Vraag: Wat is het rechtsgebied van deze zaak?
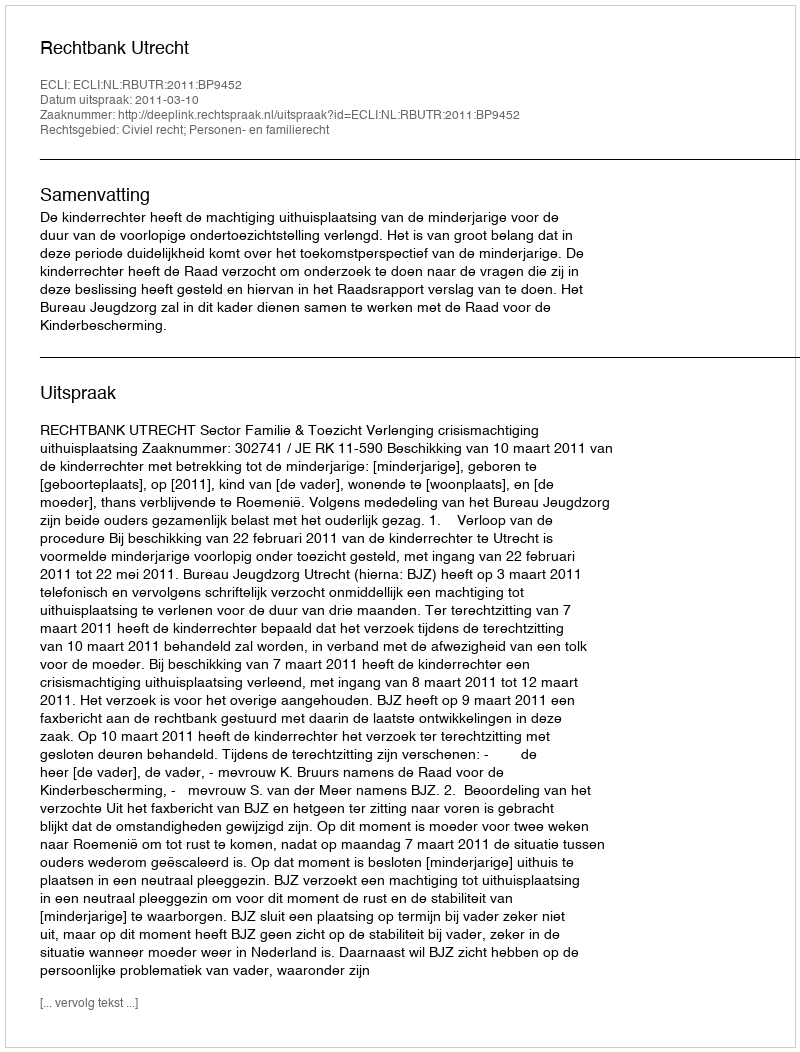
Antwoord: Civiel recht; Personen- en familierecht